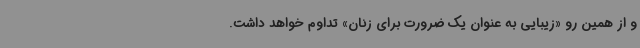
و از همین رو «زیبایی به عنوان یک ضرورت برای زنان» تداوم خواهد داشت.